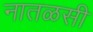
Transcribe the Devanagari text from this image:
नातळसी